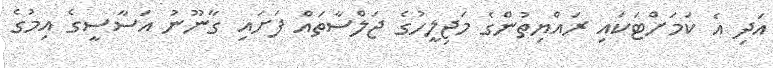
އަދި އެ ކަމަށްޓަކައި ރައްޔިތުންގެ މަޖިލީހުގެ ޖަލްސާތައް ފަށައި ގާނޫނު އަސާސީގެ އިމުގެ